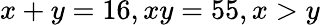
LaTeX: x+y=16,xy=55,x>y